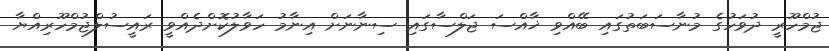
ޖުމްހޫރީ ދުވަހުގެ މުނާސަބަތުގައި ބޭއްވި ޚާއްސަ ޖަލްސާގައި ސިނާނަށް އިނާމު ހަވާލުކޮށްދެއްވީ ރައީސުލްޖުމްހޫރިއްޔާ